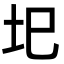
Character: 圯